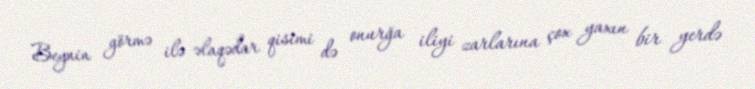
Beynin görmə ilə əlaqədar qisimi də onurğa iliyi zarlarına çox yaxın bir yerdə